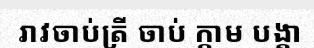
រាវចាប់ត្រី ចាប់ ក្តាម បង្គា